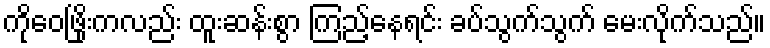
ကိုဝေဖြိုးကလည်း ထူးဆန်းစွာ ကြည့်နေရင်း ခပ်သွက်သွက် မေးလိုက်သည်။